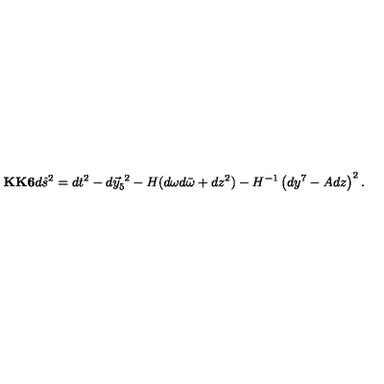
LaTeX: { \bf K K 6 } d \hat { s } ^ { 2 } = d t ^ { 2 } - d \vec { y } _ { 5 } ^ { \ 2 } - H ( d \omega d \bar { \omega } + d z ^ { 2 } ) - H ^ { - 1 } \left( d y ^ { 7 } - A d z \right) ^ { 2 } .